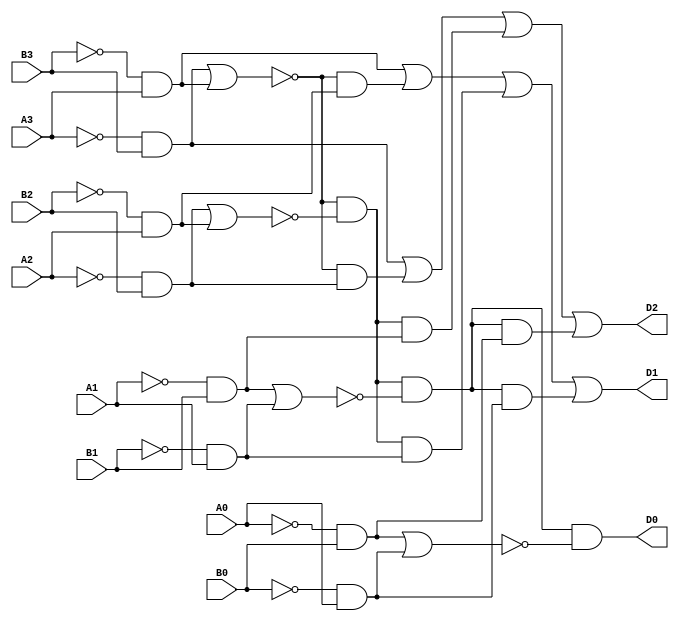
module hw2(A3,B3,A2,B2,A1,B1,A0,B0,D2,D1,D0);

input A3,B3,A2,B2,A1,B1,A0,B0;
output D2,D1,D0;
wire a,b,c,d,e,f,g,h,nA0,nA1,nA2,nA3,nB0,nB1,nB2,nB3;
wire x3,x2,x1,x0;
wire i,j,k,l,m,n;

not not1(nA0,A0);
not not2(nA1,A1);
not not3(nA2,A2);
not not4(nA3,A3);
not not5(nB0,B0);
not not6(nB1,B1);
not not7(nB2,B2);
not not8(nB3,B3);

and and11(a,nA3,B3);
and and12(b,nB3,A3);
and and13(c,nA2,B2);
and and14(d,nB2,A2);
and and15(e,nA1,B1);
and and16(f,nB1,A1);
and and17(g,nA0,B0);
and and18(h,nB0,A0);

nor nor1(x3,a,b);
nor nor2(x2,c,d);
nor nor3(x1,e,f);
nor nor4(x0,g,h);

and and21(i,x3,c);
and and22(j,x3,d);
and and23(k,x3,x2,e);
and and24(l,x3,x2,f);
and and25(m,x3,x2,x1,g);
and and26(n,x3,x2,x1,h);


or or1(D2,a,i,k,m);
or or2(D1,b,j,l,n);
and and27(D0,x3,x2,x1,x0);



endmodule